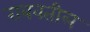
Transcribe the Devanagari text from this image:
राबवतील